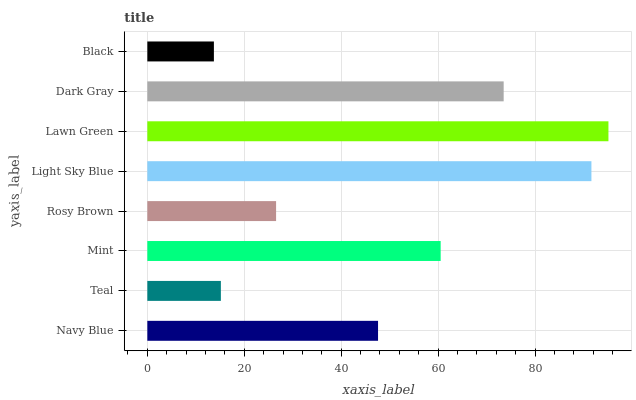
| yaxis_label | bars |
 | --- | --- |
 | Navy Blue | 47.6 |
 | Teal | 15.2 |
 | Mint | 60.5 |
 | Rosy Brown | 26.6 |
 | Light Sky Blue | 91.6 |
 | Lawn Green | 95.1 |
 | Dark Gray | 73.5 |
 | Black | 13.7 |